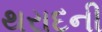
થરાદની